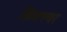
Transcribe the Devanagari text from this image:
फ़िक्स्चर